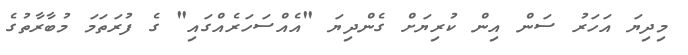
މިދިޔަ އަހަރު ސަން އިން ކުރިޔަށް ގެންދިޔަ "އެއްސަހަރެއްގައި" ގެ ފުރަތަމަ މުބާރާތުގެ